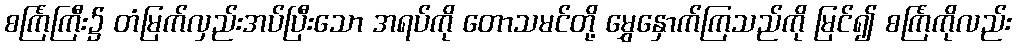
စင်္ကြံကြီး၌ တံမြက်လှည်းအပ်ပြီးသော အရပ်ကို တောသမင်တို့ မွှေနှောက်ကြသည်ကို မြင်၍ စင်္ကြံကိုလည်း